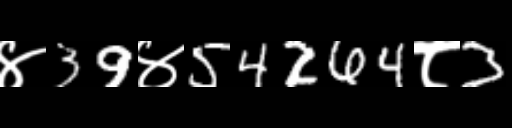
Text: ४39४54264८3